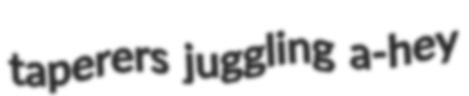
taperers juggling a-hey